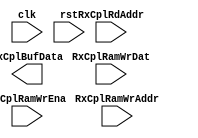
// tlp_rxcpl_buffer.v --- 
// 
// Description: 
// Maintainer: 
// Version: 
// Last-Updated: 
//           By: 
//     Update #: 0
// URL: 
// Keywords: 
// Compatibility: 
// 
// 

// Commentary: 
// 
// 
// 
// 

// Change log:
// 
// 
// 

// -------------------------------------
// Naming Conventions:
// 	active low signals                 : "*_n"
// 	clock signals                      : "clk", "clk_div#", "clk_#x"
// 	reset signals                      : "rst", "rst_n"
// 	generics                           : "C_*"
// 	user defined types                 : "*_TYPE"
// 	state machine next state           : "*_ns"
// 	state machine current state        : "*_cs"
// 	combinatorial signals              : "*_com"
// 	pipelined or register delay signals: "*_d#"
// 	counter signals                    : "*cnt*"
// 	clock enable signals               : "*_ce"
// 	internal version of output port    : "*_i"
// 	device pins                        : "*_pin"
// 	ports                              : - Names begin with Uppercase
// Code:
module tlp_rxcpl_buffer (/*AUTOARG*/
   // Outputs
   RxCplBufData,
   // Inputs
   clk, rst, RxCplRamWrAddr, RxCplRamWrDat, RxCplRamWrEna,
   RxCplRdAddr
   );
   input clk;
   input rst;

   input [8:0] RxCplRamWrAddr;
   input [129:0] RxCplRamWrDat;
   input 	 RxCplRamWrEna;

   input [8:0] 	 RxCplRdAddr;
   output [129:0] RxCplBufData;
	 
endmodule
// 
// tlp_rxcpl_buffer.v ends here